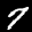
Label: 7